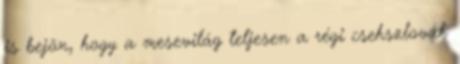
is bejön, hogy a mesevilág teljesen a régi csehszlovák